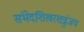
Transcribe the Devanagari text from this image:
संभेदशिखरशत्रुंजय